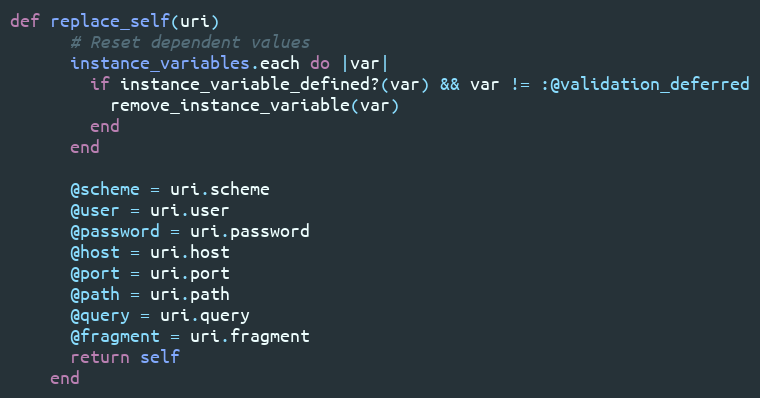
Language: Ruby
def replace_self(uri)
      # Reset dependent values
      instance_variables.each do |var|
        if instance_variable_defined?(var) && var != :@validation_deferred
          remove_instance_variable(var)
        end
      end

      @scheme = uri.scheme
      @user = uri.user
      @password = uri.password
      @host = uri.host
      @port = uri.port
      @path = uri.path
      @query = uri.query
      @fragment = uri.fragment
      return self
    end